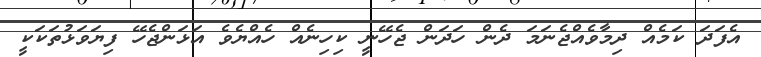
އެފަދަ ކަމެއް ދިމާވެއްޖެނަމަ ދެން ހަދަން ޖެހޭނީ ކިހިނެއް ހެއްޔެވެ އަޅަންޖެހޭ ފިޔަވަޅުތަކަކީ